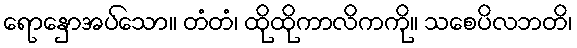
ရောနှောအပ်သော။ တံတံ၊ ထိုထိုကာလိကကို။ သစေပိလဘတိ၊